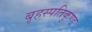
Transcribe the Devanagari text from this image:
बृहस्पतिकुण्ड